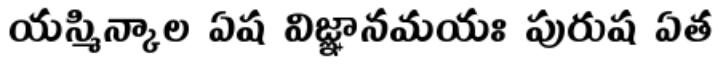
యస్మిన్కాల ఏష విజ్ఞానమయః పురుష ఏత